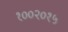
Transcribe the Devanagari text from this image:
१००२०१५